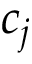
c _ { j }